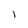
Character: l